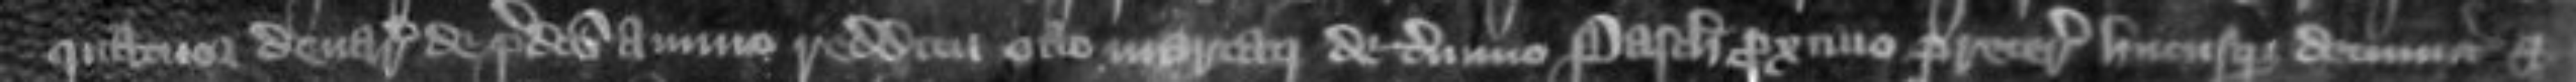
quatuor denarios de predicto annuo redditu octo marcarum de termino Pasche proximo preterito hucusque detinuit et